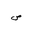
Letter: _sad